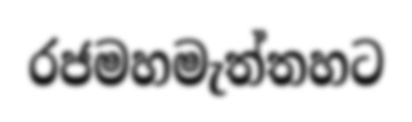
රජමහමැත්තහට